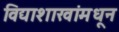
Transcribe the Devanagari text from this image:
विद्याशाखांमधून